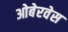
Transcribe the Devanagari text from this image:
ओबेरवेस